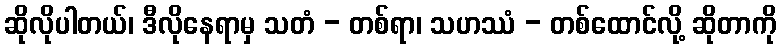
ဆိုလိုပါတယ်၊ ဒီလိုနေရာမှ သတံ - တစ်ရာ၊ သဟဿံ - တစ်ထောင်လို့ ဆိုတာကို